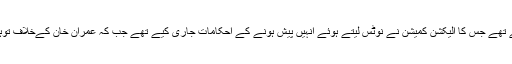
عمران خان نے عدالت پر متعصب ہونے کے الزامات لگائے تھے جس کا الیکشن کمیشن نے نوٹس لیتے ہوئے انہیں پیش ہونے کے احکامات جاری کیے تھے جب کہ عمران خان کےخلاف توہین عدالت کیس کی درخواست اکبرایس بابر نے دائرکی تھی۔